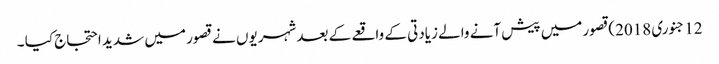
12جنوری 2018)قصور میں پیش آنے والے زیادتی کے واقعے کے بعد شہریوں نے قصور میں شدید احتجاج کیا ۔